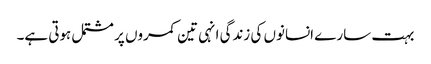
بہت سارے انسانوں کی زندگی انہی تین کمروں پر مشتمل ہوتی ہے۔